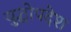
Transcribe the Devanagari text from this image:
युद्धोपदेश